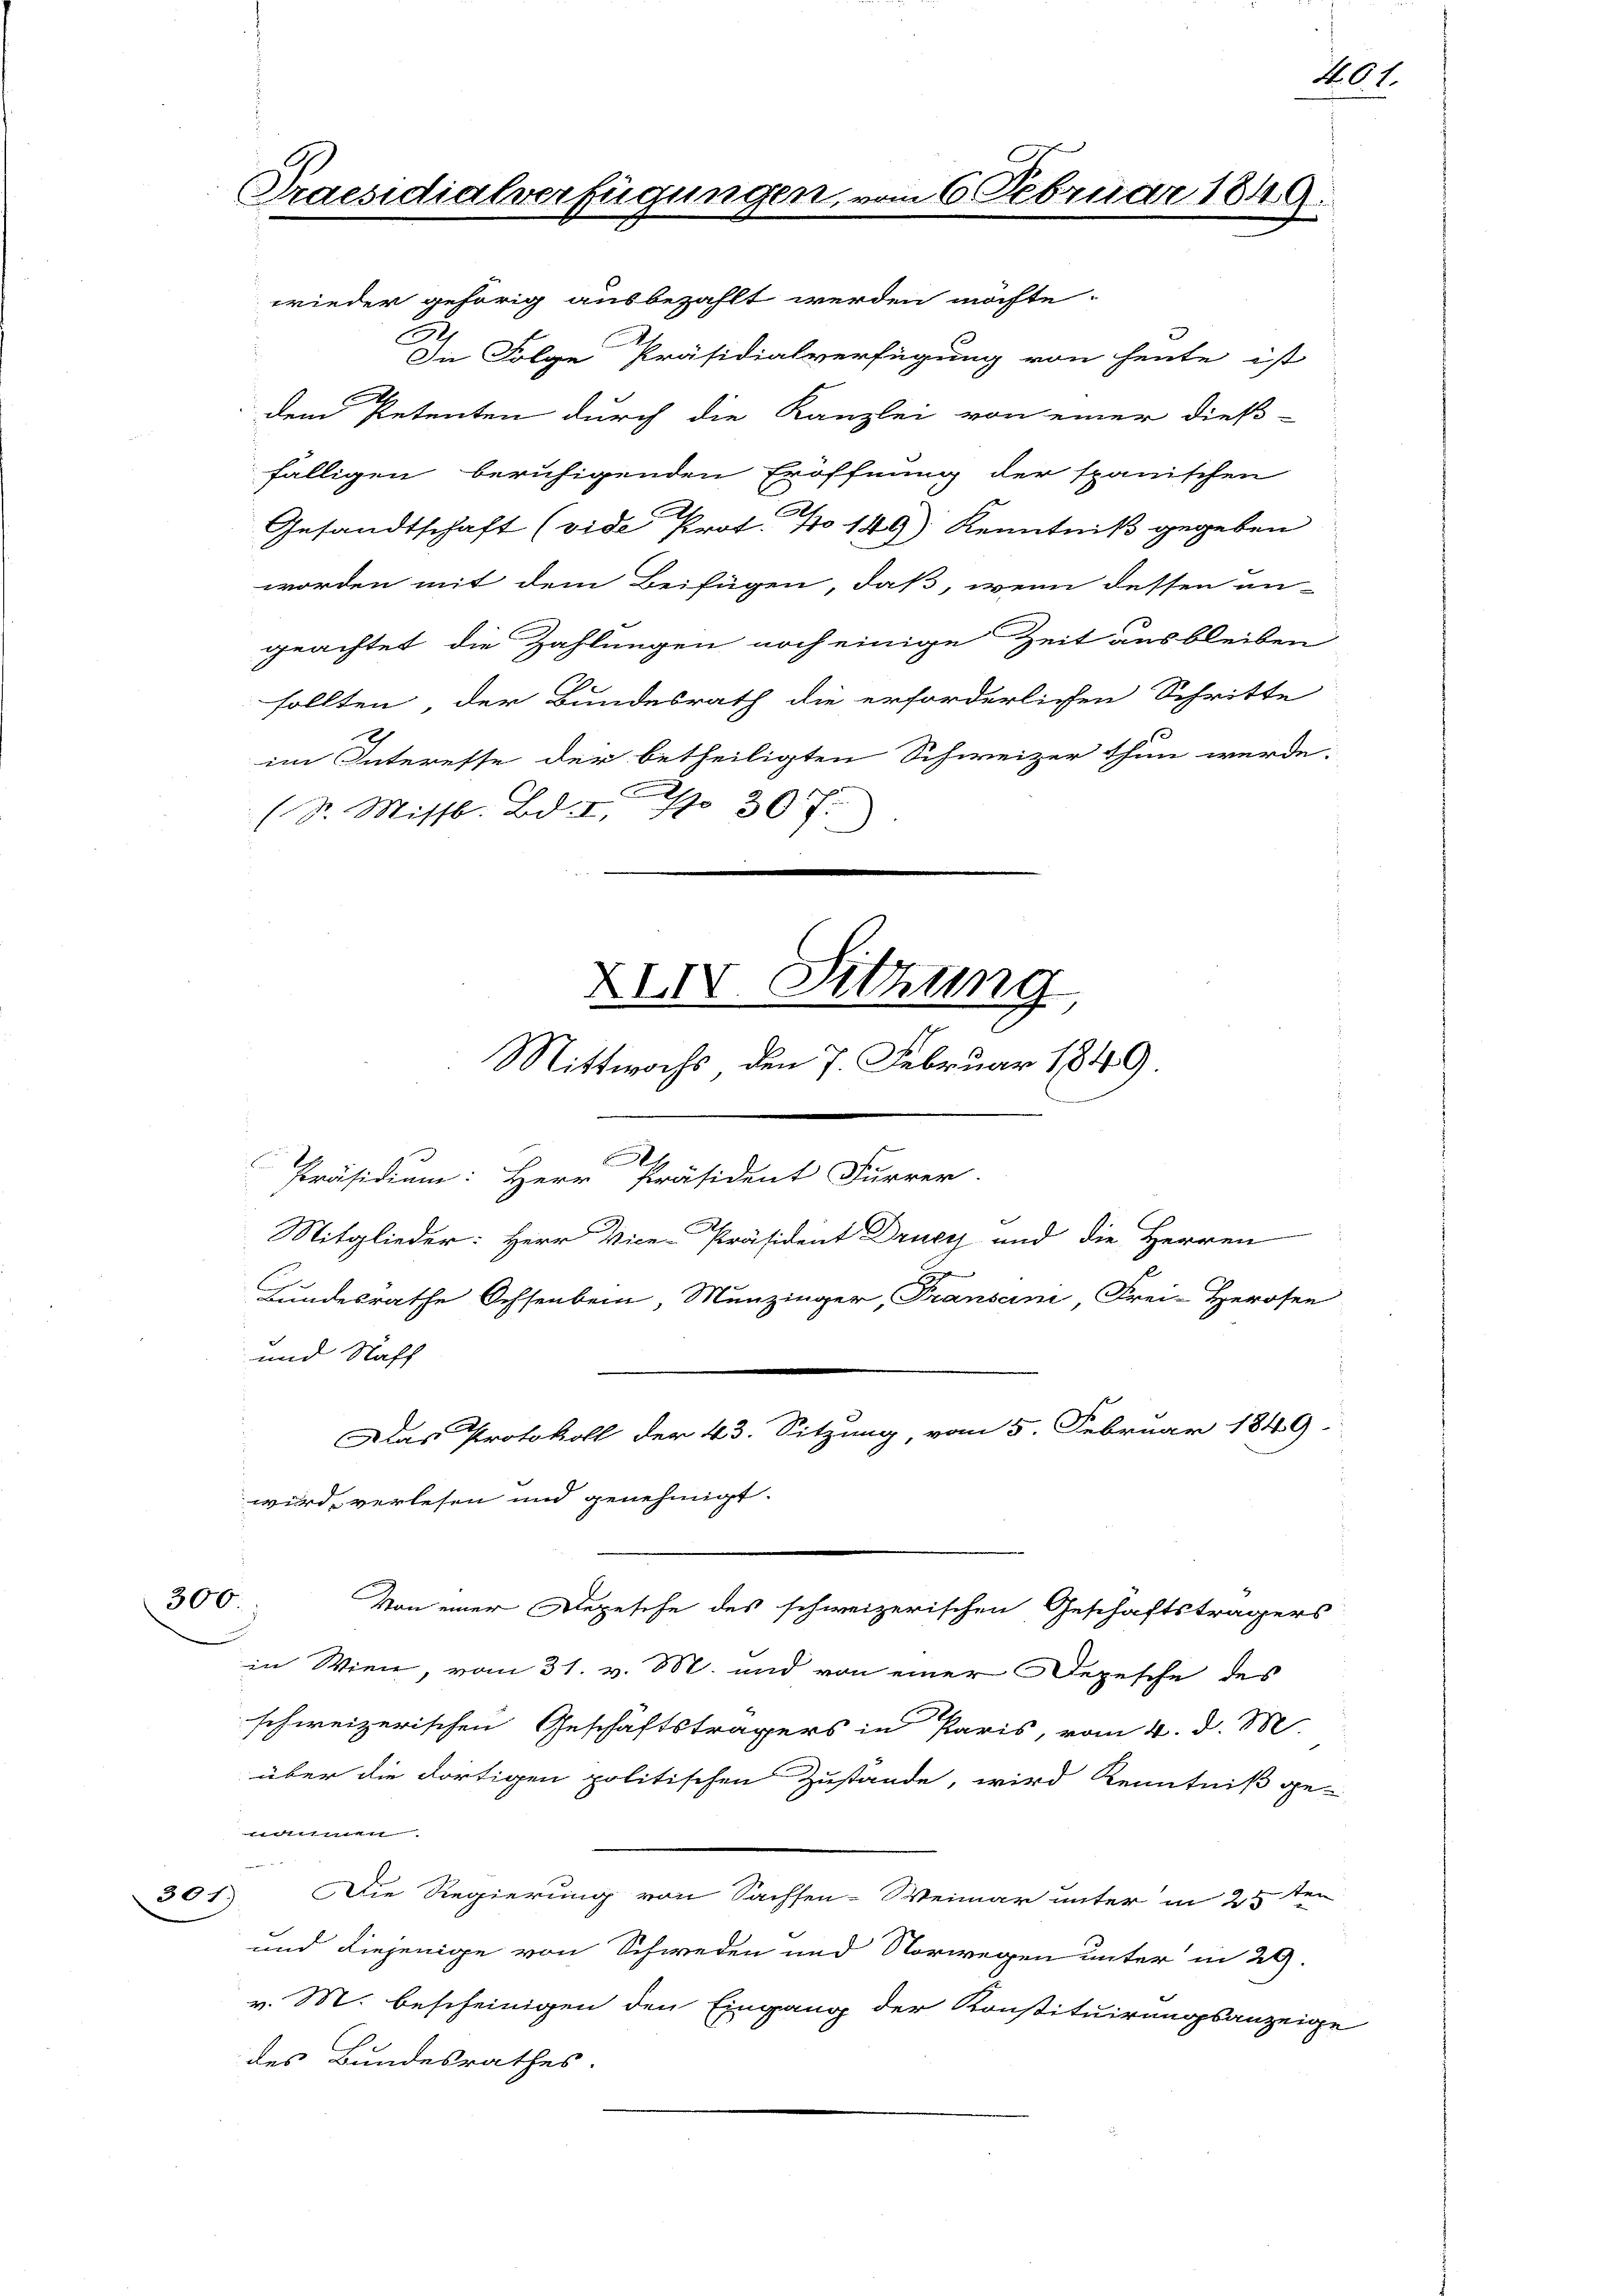
A
In Folge Präsidialverfügung von heute ist
.
dem Petenten durch die Kanzlei von einer dieß-
fälligen beruhigenden Eröffnung der spanischen
Gesandtschaft (vide Prot. No 149) Kenntniß gegeben
worden mit dem Beifügen, daß, wenn dessen un-
geachtet, die Zahlungen noch einige Zeit ausbleiben
sollten, der Bundesrath die erforderlichen Schritte
im Interesse der betheiligten Schweizer thun werde.
(Sr. Missb. Bd., No 30 f.)
s
Präsidium: Herr Präsident Furrer.
Mitglieder: Herr Vice-Präsident Drucy und die Herren
n
Bundesrathe Ochsenbein, Munzinger, Transani, Frei-Herosen
und Naff
u
Das Protokoll der 43. Sitzung vom 5. Februar 1849.
wird, verlesen und genehmigt.
300.
Von einer Depesche des schweizerischen Geschäftsträgers
in Wien, vom 31. v. M. und von einer Depesche des
schweizerischen Geschäftsträgers in Paris, vom 4. d. M.
über die dortigen politischen Zustände, wird Kenntniß ge-
näumen
Bessen 12 d
301). Die Regierung von Sachsen-Weimar unter in 25ten
und diejenige von Schweden und Norwegen unter in 29.
v. M. bescheinigen den Eingang der Konstituirungsanzeige
des Bundesrathes

Praesidialverfügungen
wieder gehörig ausbezahlt werden möchte.

XIII. Sitzung
Mittwochs, den 7. Februar 1849

am 6. Februar 1849.

A01.